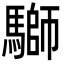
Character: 𩥐